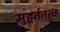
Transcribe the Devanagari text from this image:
मुहूर्ततत्व